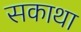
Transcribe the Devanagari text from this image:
सकाथा